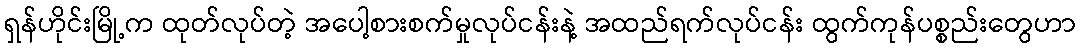
ရှန်ဟိုင်းမြို့က ထုတ်လုပ်တဲ့ အပေါ့စားစက်မှုလုပ်ငန်းနဲ့ အထည်ရက်လုပ်ငန်း ထွက်ကုန်ပစ္စည်းတွေဟာ